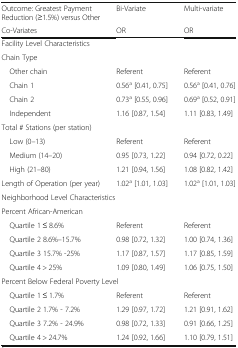
| Outcome: Greatest Payment Reduction (≥1.5%) versus Other | Bi-Variate | Multi-variate |
 | Co-Variates | OR | OR |
 | --- | --- | --- |
 | <COLSPAN=3> Facility Level Characteristics |
 | <COLSPAN=3> Chain Type |
 | Other chain | Referent | Referent |
 | Chain 1 | 0.56a [0.41, 0.75] | 0.56a [0.41, 0.76] |
 | Chain 2 | 0.73a [0.55, 0.96] | 0.69a [0.52, 0.91] |
 | Independent | 1.16 [0.87, 1.54] | 1.11 [0.83, 1.49] |
 | <COLSPAN=3> Total # Stations (per station) |
 | Low (0–13) | Referent | Referent |
 | Medium (14–20) | 0.95 [0.73, 1.22] | 0.94 [0.72, 0.22] |
 | High (21–80) | 1.21 [0.94, 1.56] | 1.08 [0.82, 1.42] |
 | Length of Operation (per year) | 1.02a [1.01, 1.03] | 1.02a [1.01, 1.03] |
 | <COLSPAN=3> Neighborhood Level Characteristics |
 | <COLSPAN=3> Percent African-American |
 | Quartile 1 ≤ 8.6% | Referent | Referent |
 | Quartile 2 8.6%–15.7% | 0.98 [0.72, 1.32] | 1.00 [0.74, 1.36] |
 | Quartile 3 15.7% -25% | 1.17 [0.87, 1.57] | 1.17 [0.85, 1.59] |
 | Quartile 4 > 25% | 1.09 [0.80, 1.49] | 1.06 [0.75, 1.50] |
 | <COLSPAN=3> Percent Below Federal Poverty Level |
 | Quartile 1 ≤ 1.7% | Referent | Referent |
 | Quartile 2 1.7% - 7.2% | 1.29 [0.97, 1.72] | 1.21 [0.91, 1.62] |
 | Quartile 3 7.2% - 24.9% | 0.98 [0.72, 1.33] | 0.91 [0.66, 1.25] |
 | Quartile 4 > 24.7% | 1.24 [0.92, 1.66] | 1.10 [0.79, 1.51] |